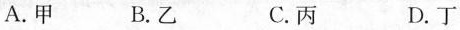
A.甲 B.乙 C.丙 D.丁